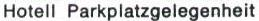
Hotell Parkplatzgelegenheit